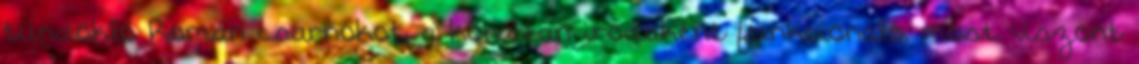
tündöklő Román csarnokot, a korábban irodaként funkcionáló, most viszont